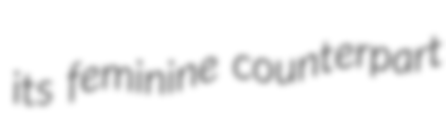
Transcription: its feminine counterpart